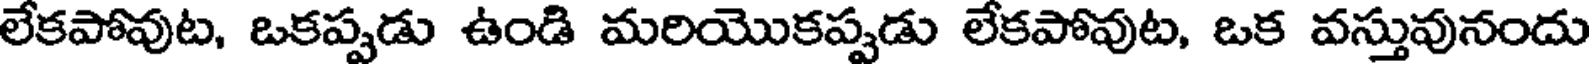
లేకపోవుట, ఒకప్పడు ఉండి మరియొకప్పడు లేకపోవుట, ఒక వస్తువునందు